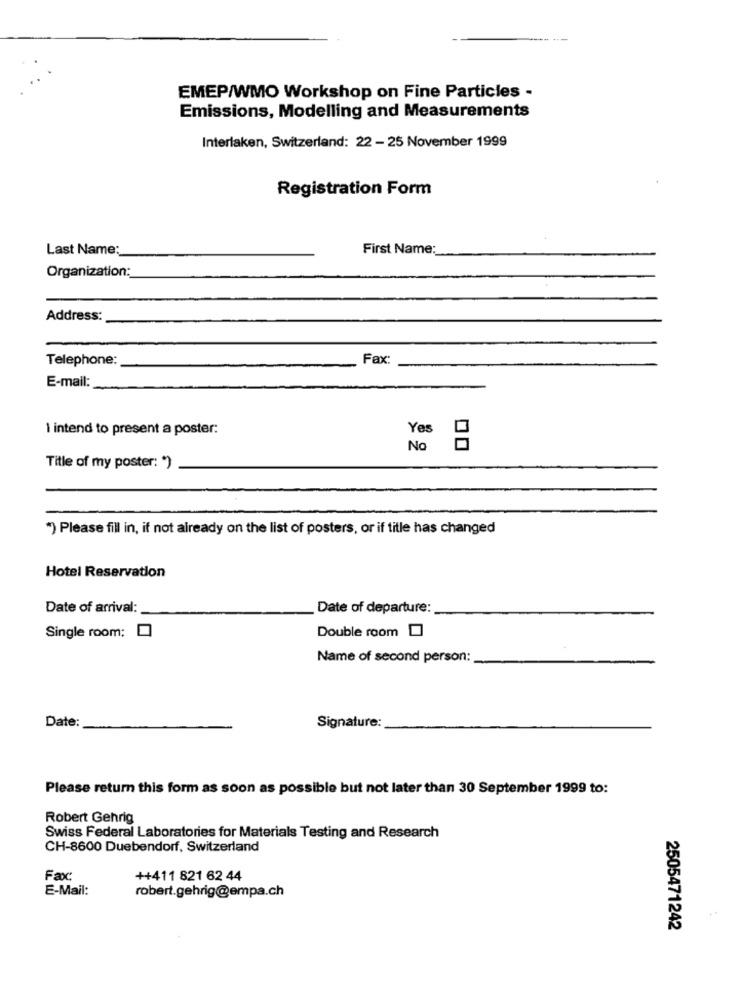
EMEP/WMO Workshop on Fine Particles -
Emissions, Modelling and Measurements
Interlaken, Switzerland: 22 - 25 November 1999
Registration Form
Last Name:
First Name:
Organization:
Address:
Telephone:
Fax:
E-mail:
I intend to present a poster:
Yes
No
00
Title of my poster: * )
") Please fill in, if not already on the list of posters, or if title has changed
Hotel Reservation
Date of arrival:
Date of departure:
Double room [
Single room:
Name of second person:
Date:
Signature:
Please return this form as soon as possible but not later than 30 September 1999 to:
Robert Gehrig
Swiss Federal Laboratories for Materials Testing and Research
CH-8600 Duebendorf, Switzerland
Faxc
++411 821 62 44
E-Mail:
robert.gehrig@empa.ch
..
2505471242